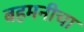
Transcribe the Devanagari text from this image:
बहमनीचा